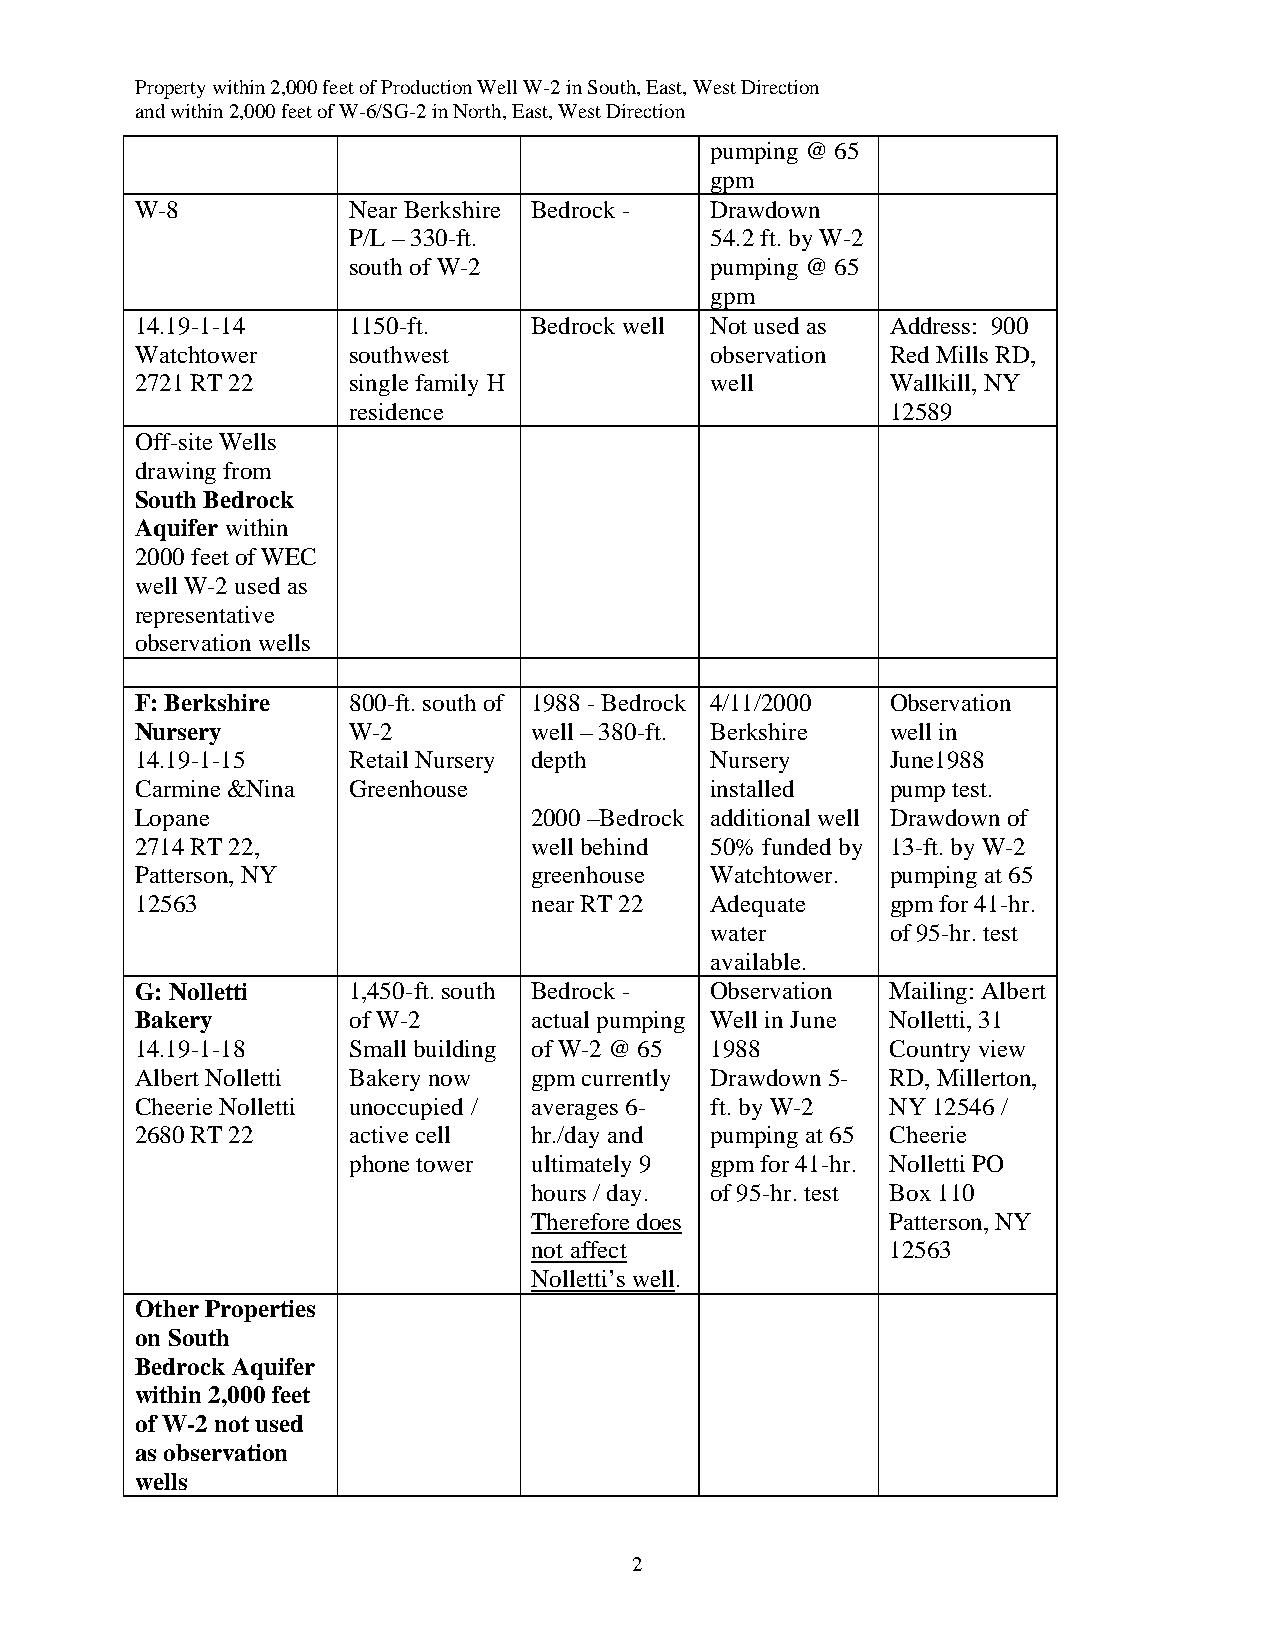
Property within 2,000 feet of Production Well W-2 in South, East, West Direction
 and within 2,000 feet of W-6/SG-2 in North, East, West Direction
 pumping @ 65
 gpm
 W-8           Near Berkshire Bedrock - Drawdown
 P/L – 330-ft.           54.2 ft. by W-2
 south of W-2            pumping @ 65
 gpm
 14.19-1-14    1150-ft.    Bedrock well Not used as Address: 900
 Watchtower    southwest               observation Red Mills RD,
 2721 RT 22    single family H         well        Wallkill, NY
 residence                           12589
 Off-site Wells
 drawing from
 South Bedrock
 Aquifer within
 2000 feet of WEC
 well W-2 used as
 representative
 observation wells
 F: Berkshire  800-ft. south of 1988 - Bedrock 4/11/2000 Observation
 Nursery       W-2         well – 380-ft. Berkshire well in
 14.19-1-15    Retail Nursery depth    Nursery     June1988
 Carmine &Nina Greenhouse              installed   pump test.
 Lopane                    2000 –Bedrock additional well Drawdown of
 2714 RT 22,               well behind 50% funded by 13-ft. by W-2
 Patterson, NY             greenhouse  Watchtower. pumping at 65
 12563                     near RT 22  Adequate    gpm for 41-hr.
 water       of 95-hr. test
 available.
 G: Nolletti   1,450-ft. south Bedrock - Observation Mailing: Albert
 Bakery        of W-2      actual pumping Well in June Nolletti, 31
 14.19-1-18    Small building of W-2 @ 65 1988     Country view
 Albert Nolletti Bakery now gpm currently Drawdown 5- RD, Millerton,
 Cheerie Nolletti unoccupied / averages 6- ft. by W-2 NY 12546 /
 2680 RT 22    active cell hr./day and pumping at 65 Cheerie
 phone tower ultimately 9 gpm for 41-hr. Nolletti PO
 hours / day. of 95-hr. test Box 110
 Therefore does          Patterson, NY
 not affect              12563
 Nolletti’s well.
 Other Properties
 on South
 Bedrock Aquifer
 within 2,000 feet
 of W-2 not used
 as observation
 wells
 2